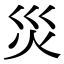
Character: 災